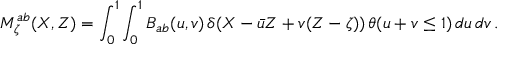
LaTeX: M _ { \zeta } ^ { a b } ( X , Z ) = \int _ { 0 } ^ { 1 } \int _ { 0 } ^ { 1 } B _ { a b } ( u , v ) \, \delta ( X - \bar { u } Z + v ( Z - \zeta ) ) \, \theta ( u + v \leq 1 ) \, d u \, d v \, .